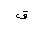
Letter: _qaf